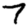
Digit: 7